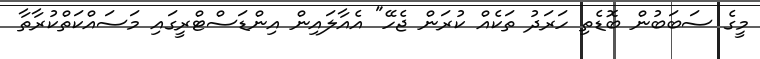
މީގެ ސަބަބުން ބޮޑެތި ހަރަދު ތަކެއް ކުރަން ޖެހޭ" އެއާލައިން އިންޑަސްޓްރީގައި މަސައްކަތްކުރާތާ